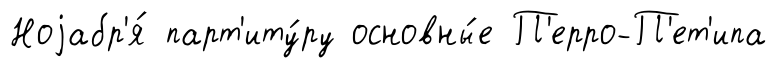
Ноjабр'я́ парт'иту́ру основны́е П'ерро-П'ет'ипа